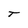
Character: t